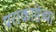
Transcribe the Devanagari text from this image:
पराकाष्ठेच्या